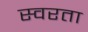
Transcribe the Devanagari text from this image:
स्वरता